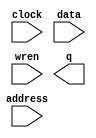
module WizardRam (
	address,
	clock,
	data,
	wren,
	q);

	input	[11:0]  address;
	input	  clock;
	input	[63:0]  data;
	input	  wren;
	output	[63:0]  q;
`ifndef ALTERA_RESERVED_QIS
// synopsys translate_off
`endif
	tri1	  clock;
`ifndef ALTERA_RESERVED_QIS
// synopsys translate_on
`endif

endmodule